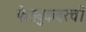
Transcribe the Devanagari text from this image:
फेसबुकवरची